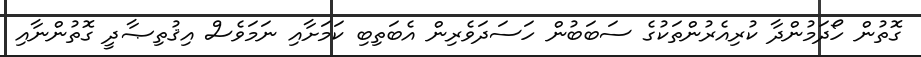
ގޮތުން ހޯދަމުންދާ ކުރިއެރުންތަކުގެ ސަބަބުން ހަސަދަވެރިން އެބަތިބި ކަމަށާއި ނަމަވެސް އިޤުތިޞާދީ ގޮތުންނާއި